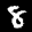
Label: 8